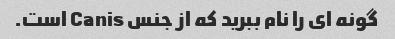
گونه ای را نام ببرید که از جنس Canis است.